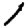
Digit: 1